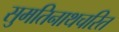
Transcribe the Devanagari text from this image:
सुमतिनाथचरित